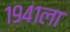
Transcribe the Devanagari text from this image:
१९४१ला